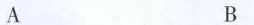
A B